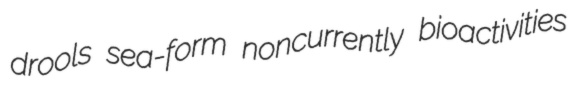
drools sea-form noncurrently bioactivities